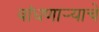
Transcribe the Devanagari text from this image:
बांधणार्‍याचे